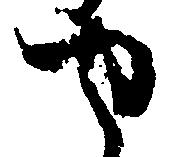
せ